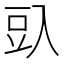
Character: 𰃛